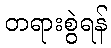
တရားစွဲရန်